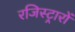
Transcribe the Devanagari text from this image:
रजिस्ट्रारों